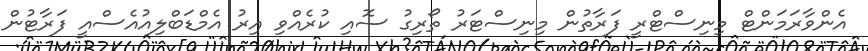
އެންވާރަމަންޓް މިނިސްޓްރީ ފަރާތުން މިނިސްޓަރު ތޯރިގު ސޮއި ކުރެއްވި އިރު އެމްޑަބްލިއުއެސްއީ ފަރާޓުން